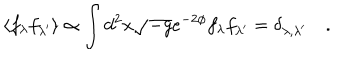
LaTeX: \langle f _ { \lambda } f _ { \lambda ^ { \prime } } \rangle \propto \int d ^ { 2 } x \sqrt { - g } e ^ { - 2 \phi } f _ { \lambda } f _ { \lambda ^ { \prime } } = \delta _ { \lambda , \lambda ^ { \prime } } \quad .